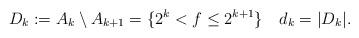
LaTeX: \begin{align*}D_{k}:=A_{k}\setminus A_{k+1}=\{2^{k}<f\leq2^{k+1}\}\,\,\, \,\,\, d_{k}=|D_{k}|.\end{align*}